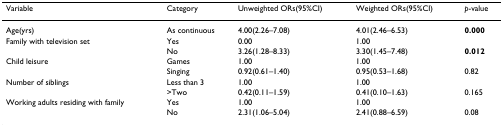
<table><thead><tr><td><b>Variable</b></td><td><b>Category</b></td><td><b>Unweighted ORs(95%CI)</b></td><td><b>Weighted ORs(95%CI)</b></td><td><b><i>p</i>-value</b></td></tr></thead><tbody><tr><td>Age(yrs)</td><td>As continuous</td><td>4.00(2.26–7.08)</td><td>4.01(2.46–6.53)</td><td><b>0.000</b></td></tr><tr><td>Family with television set</td><td>Yes</td><td>0.00</td><td>1.00</td><td></td></tr><tr><td></td><td>No</td><td>3.26(1.28–8.33)</td><td>3.30(1.45–7.48)</td><td><b>0.012</b></td></tr><tr><td>Child leisure</td><td>Games</td><td>1.00</td><td>1.00</td><td></td></tr><tr><td></td><td>Singing</td><td>0.92(0.61–1.40)</td><td>0.95(0.53–1.68)</td><td>0.82</td></tr><tr><td>Number of siblings</td><td>Less than 3</td><td>1.00</td><td>1.00</td><td></td></tr><tr><td></td><td>&gt;Two</td><td>0.42(0.11–1.59)</td><td>0.41(0.10–1.63)</td><td>0.165</td></tr><tr><td>Working adults residing with family</td><td>Yes</td><td>1.00</td><td>1.00</td><td></td></tr><tr><td></td><td>No</td><td>2.31(1.06–5.04)</td><td>2.41(0.88–6.59)</td><td>0.08</td></tr></tbody></table>